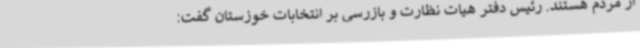
از مردم هستند. رئیس دفتر هیات نظارت و بازرسی بر انتخابات خوزستان گفت: